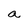
Character: a